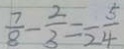
\frac { 7 } { 8 } - \frac { 2 } { 3 } = \overline { 2 } \frac { 5 } { 4 }